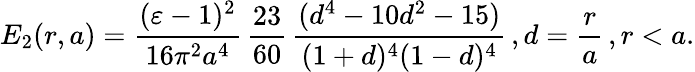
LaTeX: E_{2}(r,a)=\frac{(\varepsilon-1)^{2}}{16\pi^{2}a^{4}}\, \frac{23}{60}\, \frac{(d^{4}-10d^{2}-15)}{(1+d)^{4}(1-d)^{4}}\, ,d=\frac{r}{a}\, ,r<a.